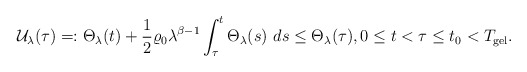
\begin{align*}\mathcal{U}_{\lambda}(\tau)=:\Theta_{\lambda}(t)+\frac{1}{2}\varrho_{0}\lambda^{\beta-1}\int_{\tau}^{t}\Theta_{\lambda}(s)\ ds\leq \Theta_{\lambda}(\tau),0\leq t<\tau\leq t_{0}<T_{\mathrm{gel}}.\end{align*}